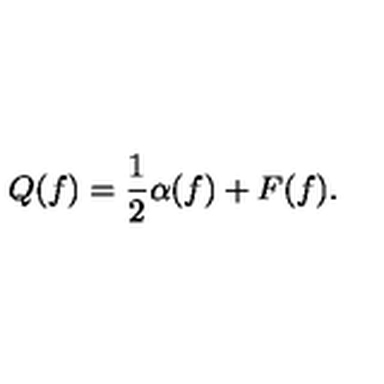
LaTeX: Q ( f ) = { \frac { 1 } { 2 } } \alpha ( f ) + F ( f ) .